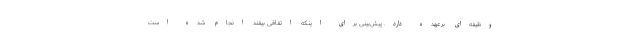
وظیفه‌ای برعهده دارد. پیش‌بینی برای اینکه اتفاقی بیفتد انجام شده است